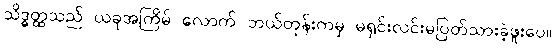
သိဒ္ဓတ္ထသည် ယခုအကြိမ် လောက် ဘယ်တုန်းကမှ မရှင်းလင်းမပြတ်သားခဲ့ဖူးပေ။